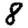
Digit: 8